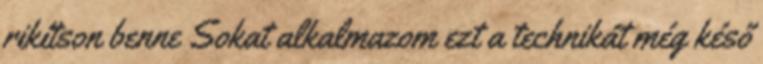
rikítson benne Sokat alkalmazom ezt a technikát még késő